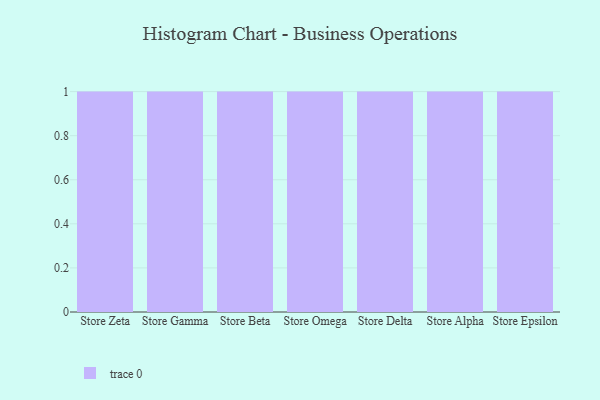
{"axis": {"x": "Store", "y": "Budget (USD K)"}, "legend": [""], "data": [{"x": "Store Zeta", "y": 10, "type": ""}, {"x": "Store Gamma", "y": 22, "type": ""}, {"x": "Store Beta", "y": 53, "type": ""}, {"x": "Store Omega", "y": 38, "type": ""}, {"x": "Store Delta", "y": 33, "type": ""}, {"x": "Store Alpha", "y": 80, "type": ""}, {"x": "Store Epsilon", "y": 44, "type": ""}]}